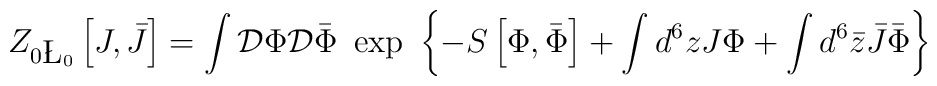
Z_{0\L_0}\left[J,\bar{J}\right]=\int {\cal D}\Phi {\cal D}\bar{\Phi}~\exp\ \left\{-S\left[\Phi,\bar{\Phi}\right] + \int d^6 z J \Phi +\int d^6 \bar{z} \bar{J} \bar{\Phi}\right\}